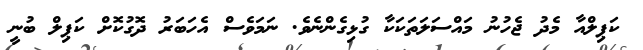
ކަޕިލްއާ މެދު ޖެހުނު މައްސަލަތަކަކާ ގުޅިގެންނެވެ. ނަމަވެސް އެހަބަރު ދޮގުކޮށް ކަޕިލް ބުނީ